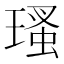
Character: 瑵